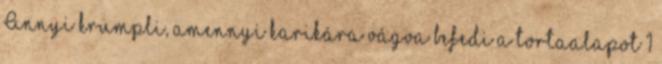
Annyi krumpli, amennyi karikára vágva befedi a tortaalapot 1